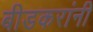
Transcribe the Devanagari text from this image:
बीडकरांनी